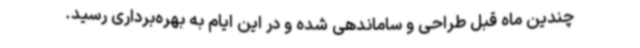
چندین ماه قبل طراحی و ساماندهی شده و در این ایام به بهره‌برداری رسید.